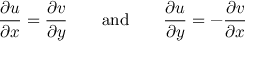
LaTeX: { \frac { \partial u } { \partial x } } = { \frac { \partial v } { \partial y } } \qquad { \mathrm { a n d } } \qquad { \frac { \partial u } { \partial y } } = - { \frac { \partial v } { \partial x } }